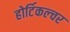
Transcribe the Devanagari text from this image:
होर्टिकल्चर